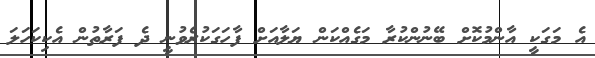
އެ މަގަކީ އާންމުކޮށް ބޭނުންކުރާ މަގެއްކަން ޔަލާއަށް ފާހަގަކުރެވުނީ ދެ ފަރާތުން އެކިކަހަލަ